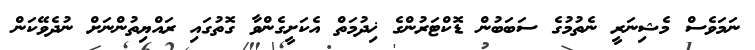
ނަމަވެސް މެޝިނަރީ ނެތުމުގެ ސަބަބުން ޑޮކްޓަރުންގެ ޚިދުމަތް އެކަށީގެންވާ ގޮތުގައި ރައްޔިތުންނަށް ނުދެވޭކަން